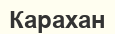
Карахан